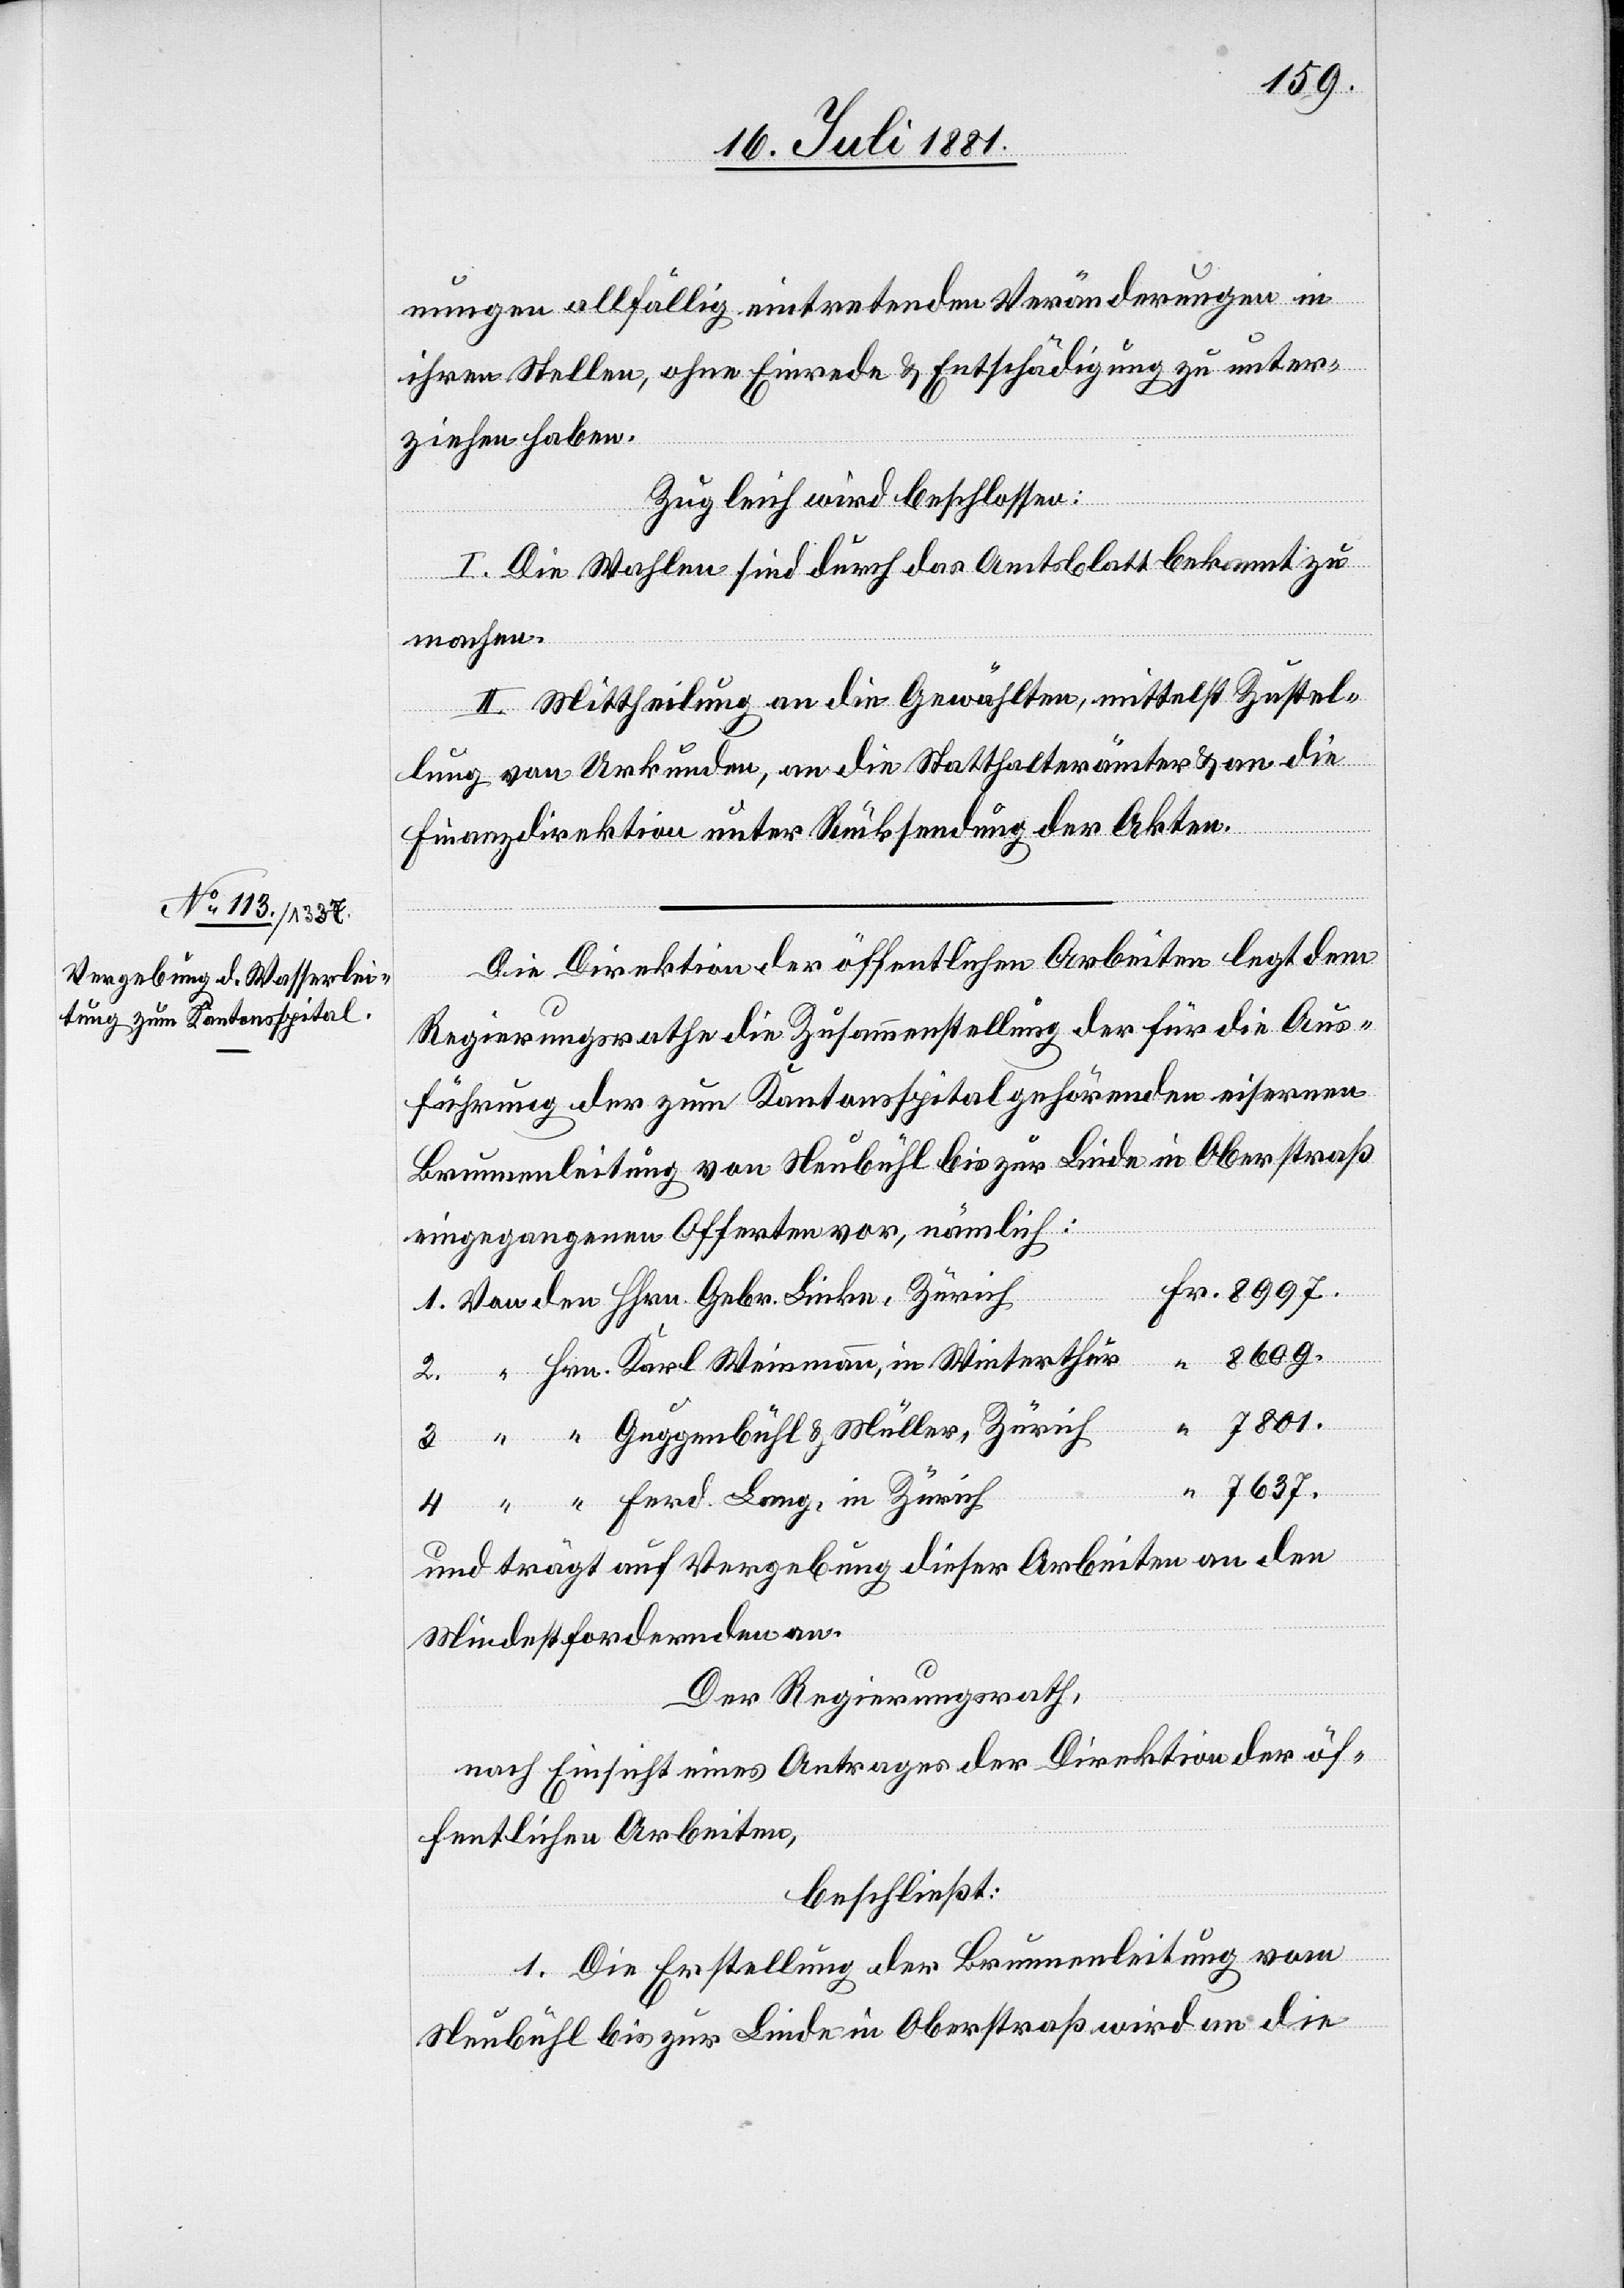
8609.
nungen allfällig eintretenden Veränderungen in
ihren Stellen, ohne Einrede & Entschädigung zu unter¬
ziehen haben.
Zugleich wird beschlossen:
I. Die Wahlen sind durch das Amtsblatt bekannt zu
machen.
II. Mittheilung an die Gewählten, mittels Zustel¬
lung von Urkunden, an die Statthalterämter & an die
Finanzdirektion unter Rücksendung der Akten.
Die Direktion der öffentlichen Arbeiten legt dem
Regierungsrathe die Zusammenstellung der für die Aus¬
führung der zum Kantonsspital gehörenden eisernen
Brunnenleitung von Neubühl bis zur Linde in Oberstraß
eingegangenen Offerten vor, nämlich:
4.
in
7637.
und trägt auf Vergebung dieser Arbeiten an den
Mindestfordernden an.
Der Regierungsrath
nach Einsicht eines Antrages der Direktion der öf¬
fentlichen Arbeiten,
beschließt:
1. Die Erstellung der Brunnenleitung vom
Neubühl bis zur Linde in Oberstraß wird an die